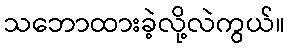
သဘောထားခဲ့လို့လဲကွယ်။